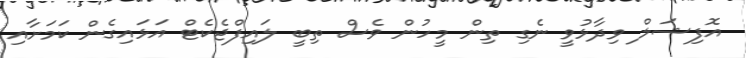
އޮފިޝަލް ވިދާޅުވީ ނެގި ތިން މީހުން ވެސް ތިބީ ލައިފްޖެކެޓް އަޅައިގެން ކަމަށާއި